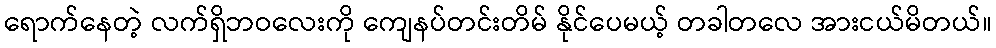
ရောက်နေတဲ့ လက်ရှိဘဝလေးကို ကျေနပ်တင်းတိမ် နိုင်ပေမယ့် တခါတလေ အားငယ်မိတယ်။